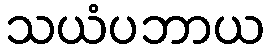
သယံပဘာယ